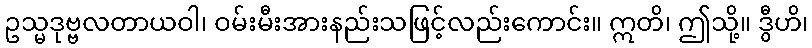
ဥသ္မဒုဗ္ဗလတာယဝါ၊ ဝမ်းမီးအားနည်းသဖြင့်လည်းကောင်း။ ဣတိ၊ ဤသို့။ ဒွီဟိ၊